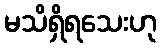
မသိရှိရသေးဟု